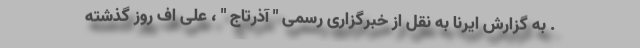
. به گزارش ایرنا به نقل از خبرگزاری رسمی " آذرتاج " ، علی اف روز گذشته